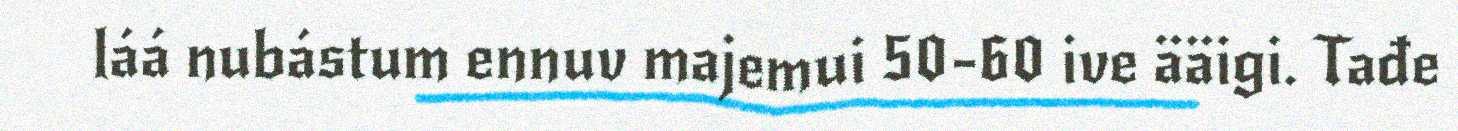
láá nubástum ennuv majemui 50-60 ive ääigi. Tađe